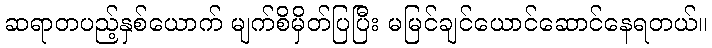
ဆရာတပည့်နှစ်ယောက် မျက်စိမှိတ်ပြပြီး မမြင်ချင်ယောင်ဆောင်နေရတယ်။